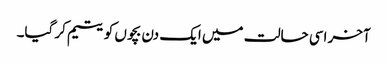
آخر اسی حالت میں ایک دن بچوں کو یتیم کر گیا۔